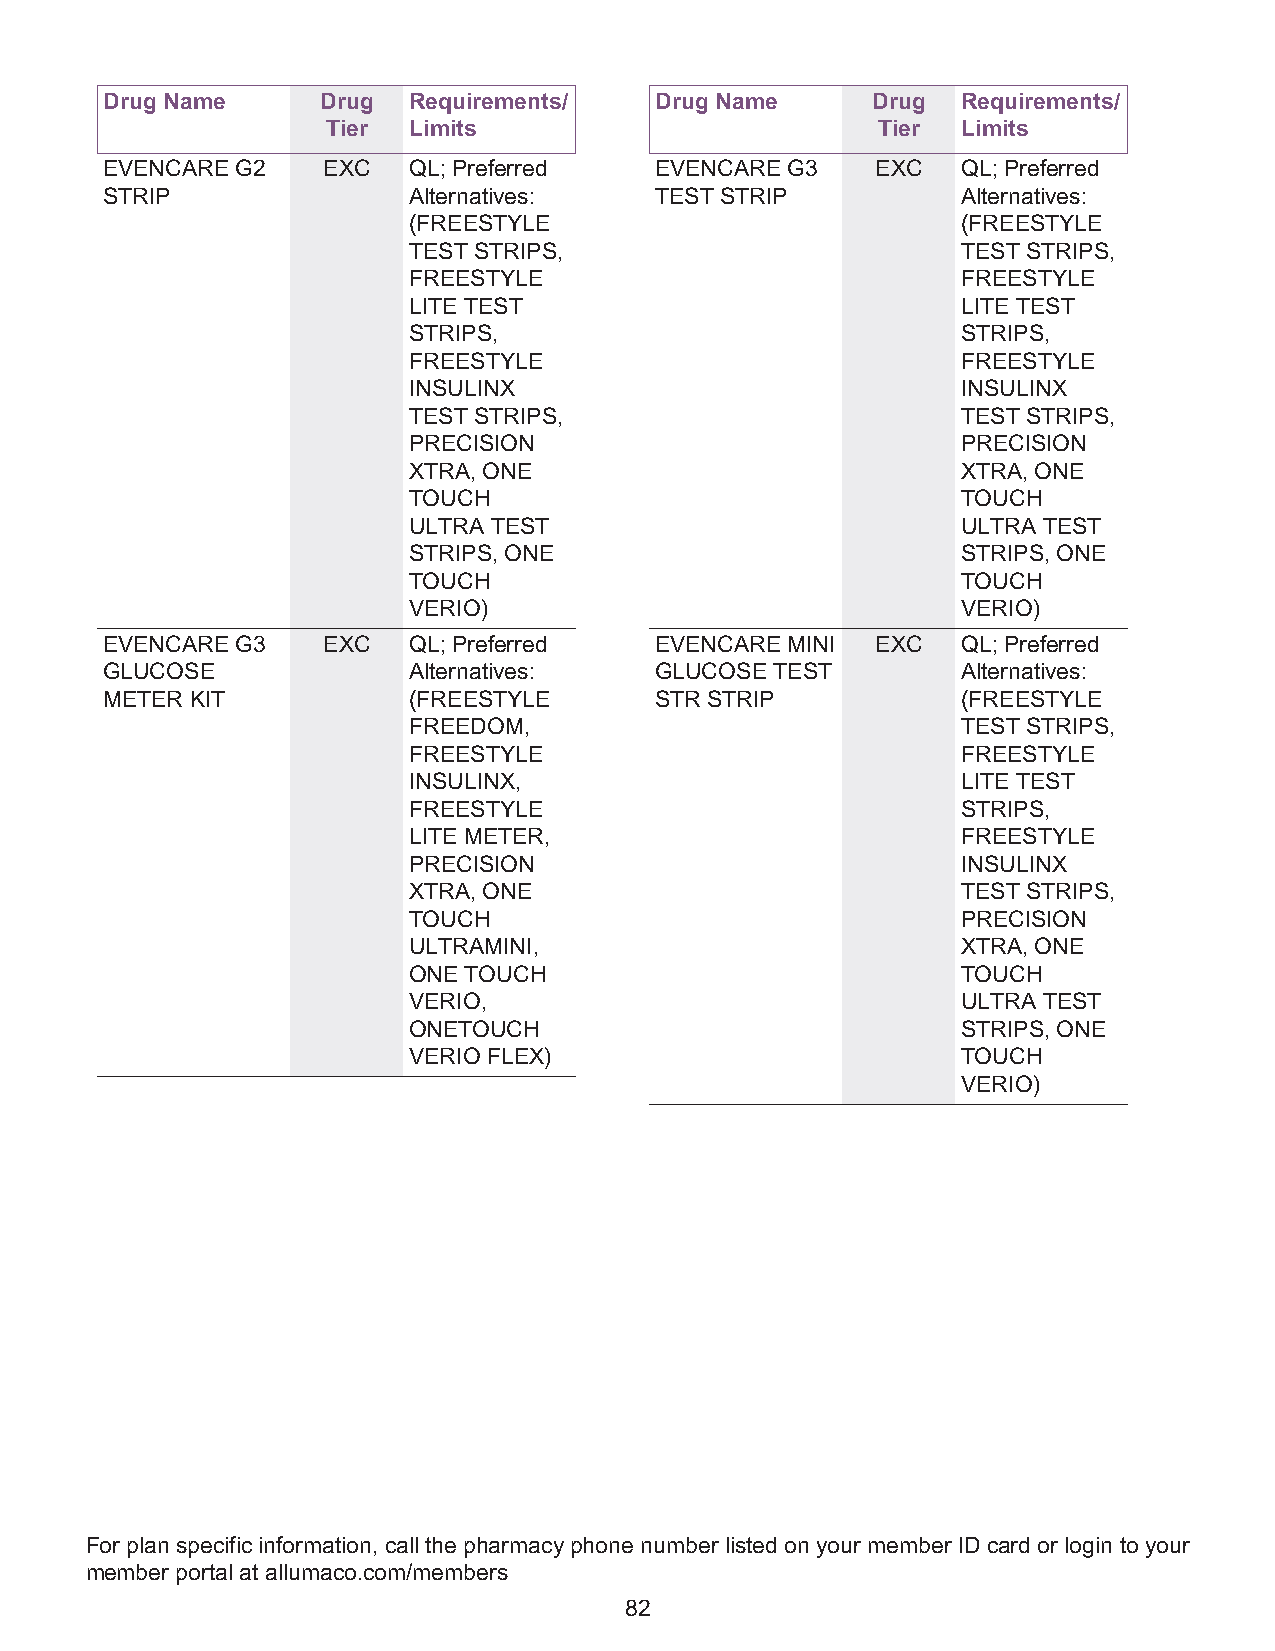
Drug Name     Drug  Requirements/   Drug Name      Drug  Requirements/
 Tier Limits                         Tier  Limits
 EVENCARE G2   EXC   QL; Preferred   EVENCARE G3    EXC   QL; Preferred
 STRIP               Alternatives:   TEST STRIP           Alternatives:
 (FREESTYLE                           (FREESTYLE
 TEST STRIPS,                         TEST STRIPS,
 FREESTYLE                            FREESTYLE
 LITE TEST                            LITE TEST
 STRIPS,                              STRIPS,
 FREESTYLE                            FREESTYLE
 INSULINX                             INSULINX
 TEST STRIPS,                         TEST STRIPS,
 PRECISION                            PRECISION
 XTRA, ONE                            XTRA, ONE
 TOUCH                                TOUCH
 ULTRA TEST                           ULTRA TEST
 STRIPS, ONE                          STRIPS, ONE
 TOUCH                                TOUCH
 VERIO)                               VERIO)
 EVENCARE G3   EXC   QL; Preferred   EVENCARE MINI  EXC   QL; Preferred
 GLUCOSE             Alternatives:   GLUCOSE TEST         Alternatives:
 METER KIT           (FREESTYLE      STR STRIP            (FREESTYLE
 FREEDOM,                             TEST STRIPS,
 FREESTYLE                            FREESTYLE
 INSULINX,                            LITE TEST
 FREESTYLE                            STRIPS,
 LITE METER,                          FREESTYLE
 PRECISION                            INSULINX
 XTRA, ONE                            TEST STRIPS,
 TOUCH                                PRECISION
 ULTRAMINI,                           XTRA, ONE
 ONE TOUCH                            TOUCH
 VERIO,                               ULTRA TEST
 ONETOUCH                             STRIPS, ONE
 VERIO FLEX)                          TOUCH
 VERIO)
 For plan specific information, call the pharmacy phone number listed on your member ID card or login to your
 member portal at allumaco.com/members
 82